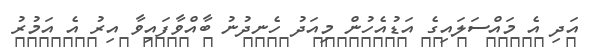
އަދި އެ މައްސަލައިގެ އަޑުއެހުން މިއަދު ހެނދުނު ބާއްވާފައިވާ އިރު އެ އަމުރު